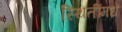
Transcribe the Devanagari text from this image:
स्थितींमधे